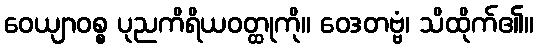
ဝေယျာဝစ္စ ပုညကိရိယဝတ္ထုကို။ ဝေဒတဗ္ဗံ၊ သိထိုက်၏။